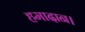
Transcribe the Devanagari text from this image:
हमादान।